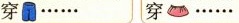
穿…… 穿……